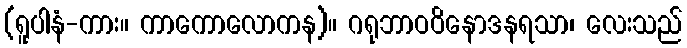
(ရူပါနံ-ကား။ ကာကောလောကန)။ ဂရုဘာဝဝိနောဒနရသာ၊ လေးသည်